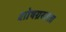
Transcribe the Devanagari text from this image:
शोषग्रस्तता